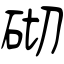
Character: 砌